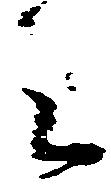
之